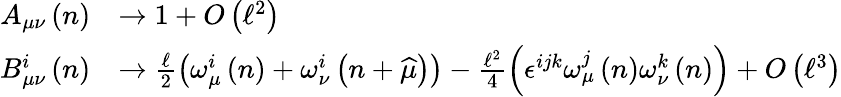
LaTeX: \begin{array}{rl}{A_{\mu\nu}\left(n\right)}&{\rightarrow 1+O\left(\mathcal{\ell}^{2}\right)}\\ {B_{\mu\nu}^{i}\left(n\right)}&{\rightarrow\frac{\mathcal{\ell}}{2}\left(\omega_{\mu}^{i}\left(n\right)+\omega_{\nu}^{i}\left(n+\widehat{\mu}\right)\right)-\frac{\mathcal{\ell}^{2}}{4}\left(\epsilon^{ijk}\omega_{\mu}^{j}\left(n\right)\omega_{\nu}^{k}\left(n\right)\right)+O\left(\mathcal{\ell}^{3}\right)}\end{array}